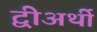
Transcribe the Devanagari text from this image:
द्वीअर्थी